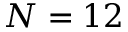
N = 1 2